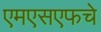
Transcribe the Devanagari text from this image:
एमएसएफचे